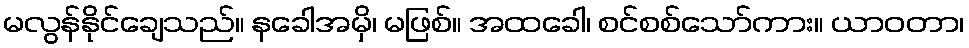
မလွန်နိုင်ချေသည်။ နခေါအမှိ၊ မဖြစ်။ အထခေါ၊ စင်စစ်သော်ကား။ ယာဝတာ၊